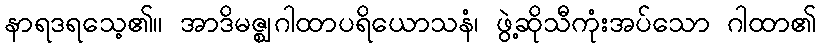
နာရဒရသေ့၏။ အာဒိမဇ္ဈဂါထာပရိယောသနံ၊ ဖွဲ့ဆိုသီကုံးအပ်သော ဂါထာ၏